Indian journal of veterinary science and animal husbandry - Volume 8,
Year: 1938
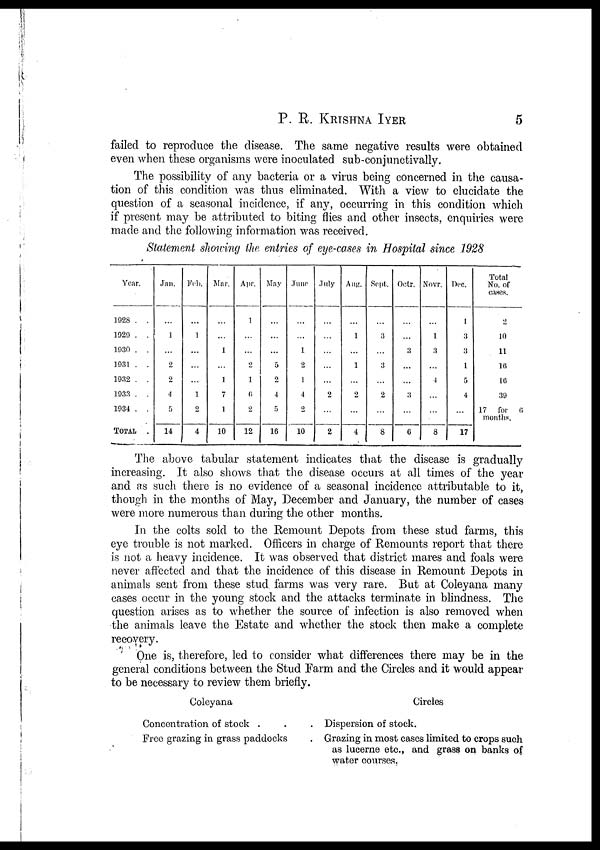
P.
R.
KRISHNA
IYER
5
failed to reproduce the disease. The same negative results were obtained
even when these organisms were inoculated sub-conjunctivally.
The possibility of any bacteria or a virus being concerned in the causa-
tion of this condition was thus eliminated. With a view to elucidate the
question of a seasonal incidence, if any, occurring in this condition which
if present may be attributed to biting flies and other insects, enquiries were
made and the following information was received.
Statement showing the entries of eye-cases in Hospital since 1928
Year.
1928 . .
1929 . .
1930 . .
1931 . .
1932 . .
1933 . .
1934 . .
TOTAL .
Jan.
...
1
...
2
2
4
5
14
Feb.
...
1
...
...
..
1
2
4
Mar.
...
...
1
...
1
7
1
10
Apr.
1
...
...
2
1
6
2
12
May
...
...
...
5
2
4
5
16
June
...
...
1
2
1
4
2
10
July
...
...
...
...
...
2
...
2
Aug.
...
1
...
1
...
2
...
4
Sept..
...
3
...
3
...
2
...
8
Octr.
...
...
3
...
...
3
...
6
Novr.
...
1
3
...
4
...
...
8
Dec.
1
3
3
1
5
4
...
17
Total
No. of
cases.
2
10
11
16
16
39
17 for 6
months.
The above tabular statement indicates that the disease is gradually
increasing. It also shows that the disease occurs at all times of the year
and as such there is no evidence of a seasonal incidence attributable to it,
though in the months of May, December and January, the number of cases
were more numerous than during the other months.
In the colts sold to the Remount Depots from these stud farms, this
eye trouble is not marked. Officers in charge of Remounts report that there
is not a heavy incidence. It was observed that district mares and foals were
never affected and that the incidence of this disease in Remount Depots in
animals sent from these stud farms was very rare. But at Coleyana many
cases occur in the young stock and the attacks terminate in blindness. The
question arises as to whether the source of infection is also removed when
the animals leave the Estate and whether the stock then make a complete
recovery.
One is, therefore, led to consider what differences there may be in the
general conditions between the Stud Farm and the Circles and it would appear
to be necessary to review them briefly.
Coleyana
Concentration of stock . . .
Free grazing in grass paddocks .
Circles
Dispersion of stock.
Grazing in most cases limited to crops such
as lucerne etc., and grass on banks of
water courses.